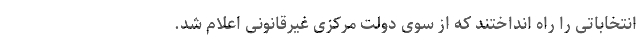
انتخاباتی را راه انداختند که از سوی دولت مرکزی غیرقانونی اعلام شد.